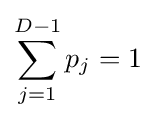
\sum _{j=1}^{D-1}p_{j}=1